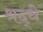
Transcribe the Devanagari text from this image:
श्रद्धे